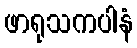
ဖာရုသကပါနံ